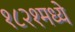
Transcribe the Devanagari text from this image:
१८२१मध्ये